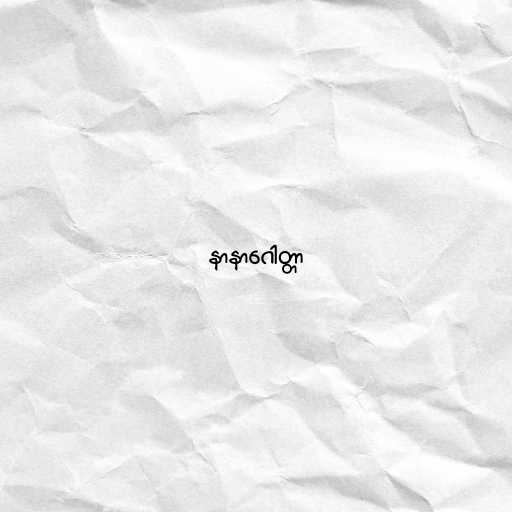
နာနာဂေါတ္တာ